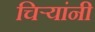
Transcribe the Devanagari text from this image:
चिर्‍यांनी